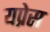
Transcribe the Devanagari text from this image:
यप्रेस